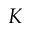
K